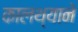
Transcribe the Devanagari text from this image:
कालथ्याने